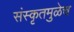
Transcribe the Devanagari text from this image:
संस्कृतमुळेच